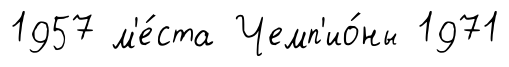
1957 м'е́ста Чемп'ио́ны 1971